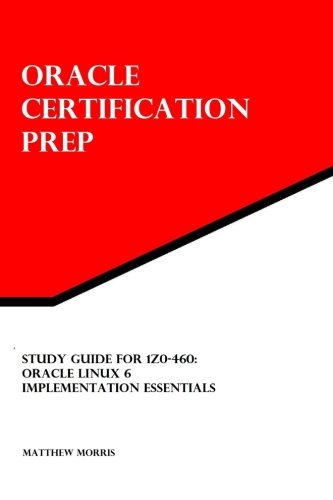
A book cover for Study Guide for 1Z0-460: Oracle Linux 6 Implementation Essentials: Oracle Certification Prep; Matthew Morris; Computers & Technology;